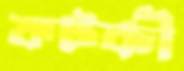
ফটকী